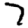
Digit: 7